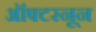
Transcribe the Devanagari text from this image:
ऑफ्टरनून